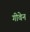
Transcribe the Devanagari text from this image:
गीवेन